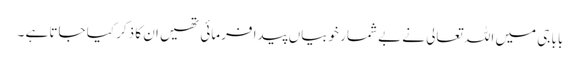
بابا جی میں اللہ تعالی نے بے شمار خوبیاں پیدا فرمائی تھیں ان کا ذکر کیا جاتا ہے ۔